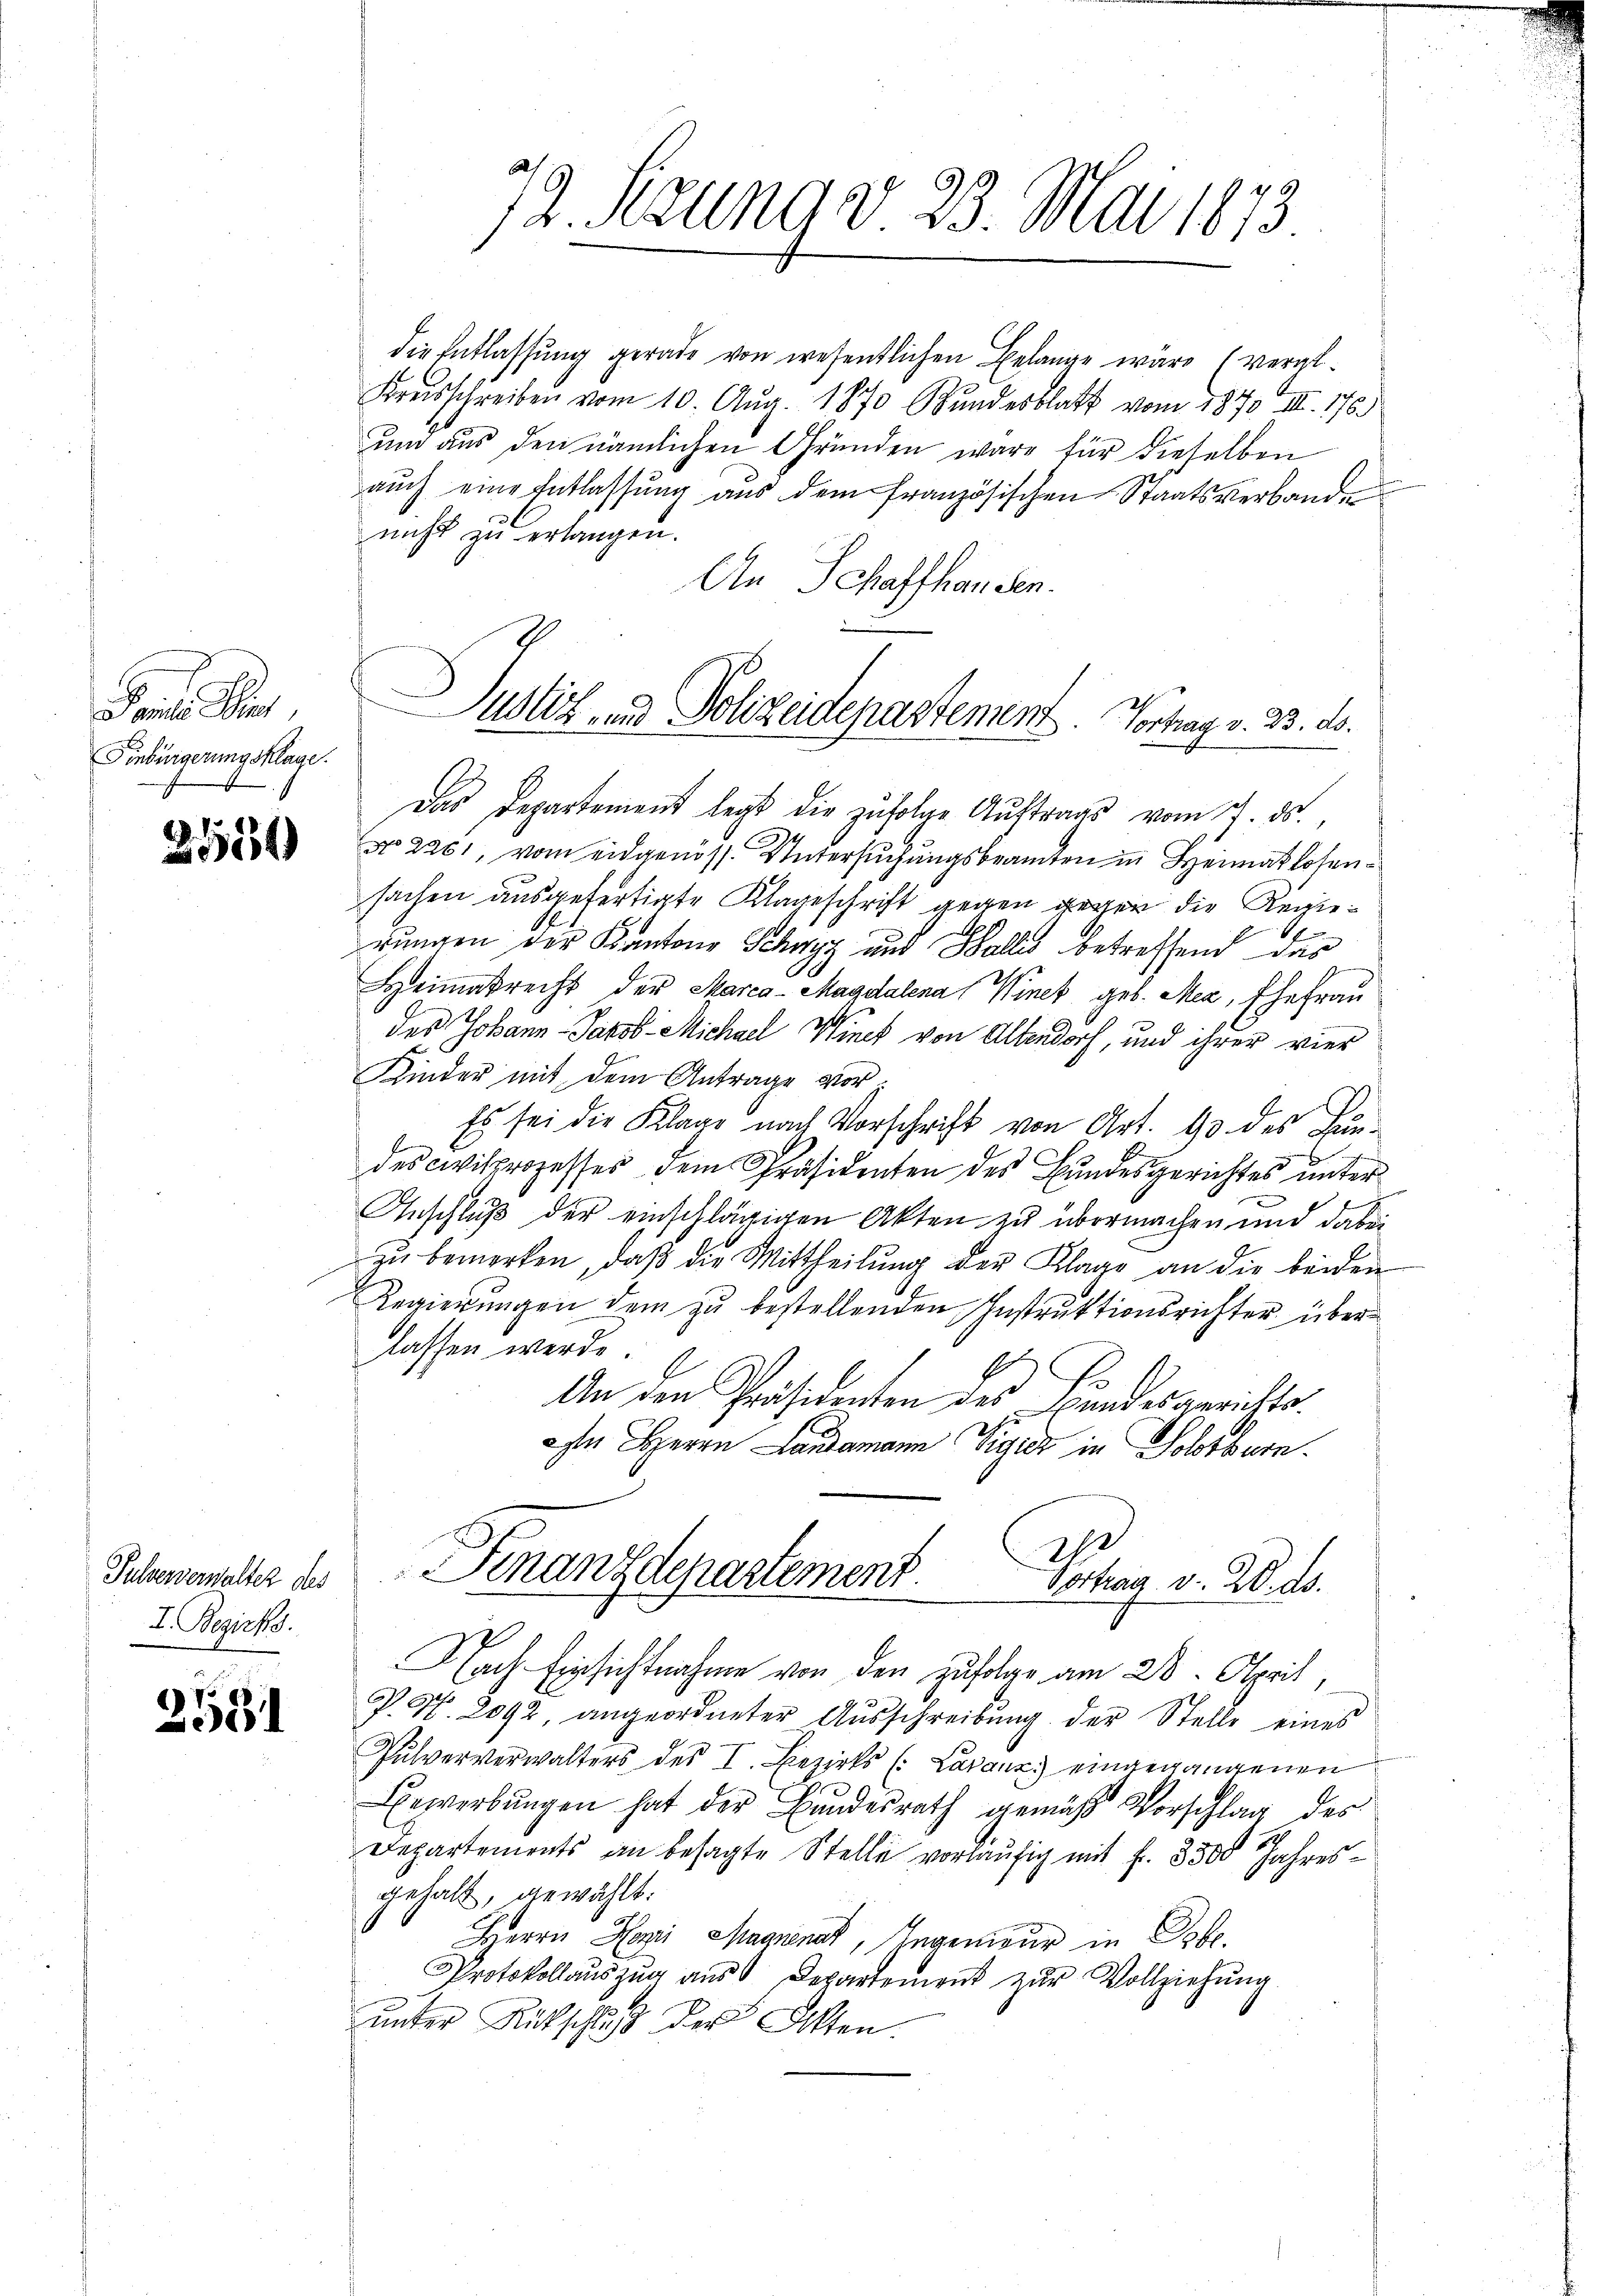
Finbürgerungsklage.

Pulververwalter des
I. Bezirks

2531

die Entlassung gerade von wesentlichen Belange wäre (vergl.
Kreisschreiben vom 10. Aug. 1870 Bundesblatt vom 1870 III. 176.
um aus den nämlichen Gründen wäre für dieselben
auch eine Entlassung aus dem französischen Staatsverbande
nicht zu erlangen.
An Schaffhausen.
Das Departement legt die zufolge Auftrags vom 7. ds.,
 No 2201, vom eidgenöss. Untersuchungsbeamten in Heimatlosensachen ausgefertigte Klageschrift gegen gegen die Regierungen der Kantons Schwyz und Wallis betreffend das
Heimatrecht der Marca-Magdalena Winck geb. Mez, Ehefrau
des Johann Jakob Michael Winck von Altendorf, und ihrer vier
Kinder mit dem Antrage vor¬
Es sei die Klage nach Vorschrift von Art. 90 des Fundes Civilprozesses dem Präsidenten des Bundesgerichtes unter¬
Anschluß der einschlägigen Akten zu übermachen und dabei
zu bemerken, daß die Mittheilung der Klage an die beiden
Regierungen dem zu bestellenden Instruktionsrichter überlassen werde.
E
An den Präsidenten des Landesgerichtsn Herrn Landamann Vigier in Solothurn.
Finanzdepartement
Posten v. 20. d.
2
Nach Einsichtnahme von den zufolge am 28. April,
P. Nr. 2092, angeordneter Ausschreibung der Stelle eines
Pulververwalters des I. Bezirks (Laraus eingegangenen
Bewerbungen hat der Bundesrath gemäß Vorschlag des
Departements an besagte Stelle vorläufig mit fr. 3500 Jahresgehalt, gewählt:
Herrn Hori Magnenat, Ingenwur in Obe
Protokollaŭszŭg aŭs Departement zŭr Vollziehŭng
unter Rückschluß der Akten.

72. Setzung d. 23. Mai 1873

Justiz- und Polizeidepartement. Vortrag v. 23. ds.